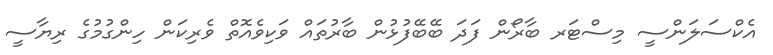
އެކްސަލަންސީ މިސްޓަރ ބާރޯން ފަދަ ބޭބޭފުޅުން ބާރުތައް ވަކިވެއޮތް ވެރިކަން ހިންގުމުގެ ރިޔާސީ